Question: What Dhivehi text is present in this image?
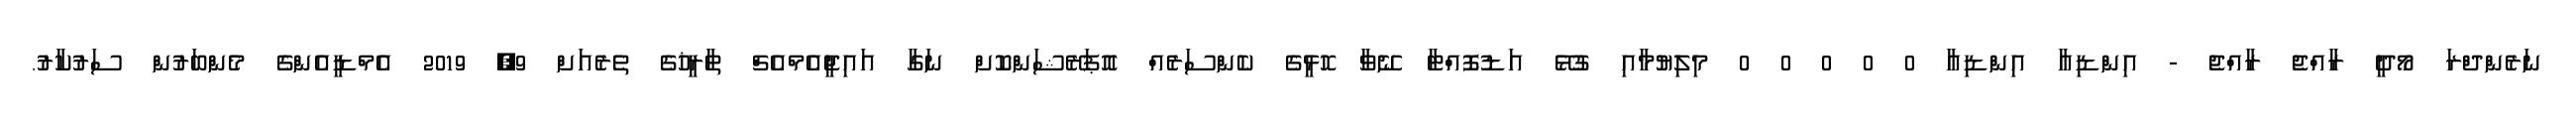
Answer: ނަރެންދްރަ މޯދީ ރާއްޖެ ރާއްޖެ - އިންޑިއާ އިންޑިއާ 0 0 0 0 0 މިލިޔުމާއި ގުޅޭ އަޑުފޮއްޓާ ނޭވާ ހޮޅީގެ ކެންސަރެއް އޮޕަރޭޝަންކޮށް ނަގާ އައިޖީއެމްއެޗް ތާރީޚުގެ ތެރެއަށް 9, 2019 އެމްޑީއެންގެ މެންބަރުން ސަރުކާރު.